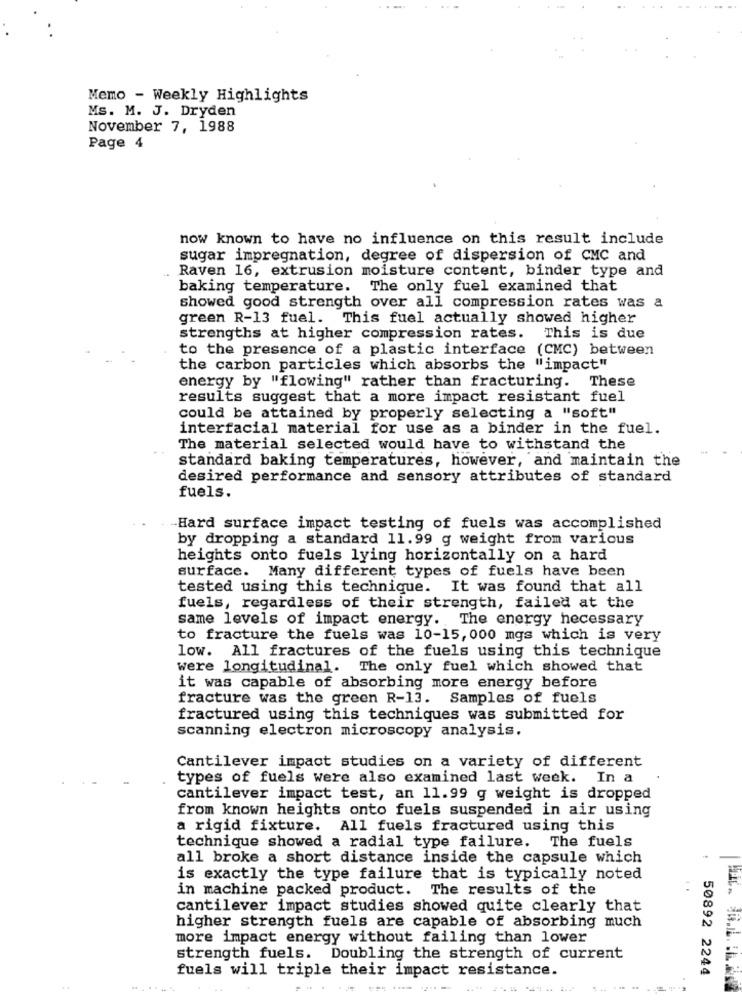
Memo - Weekly Highlights
Ms. M. J. Dryden
November 7, 1988
Page 4
now known to have no influence on this result include
sugar impregnation, degree of dispersion of CMC and
Raven 16, extrusion moisture content, binder type and
baking temperature. The only fuel examined that
showed good strength over all compression rates was a
green R-13 fuel. This fuel actually showed higher
strengths at higher compression rates. This is due
to the presence of a plastic interface (CMC) between
the carbon particles which absorbs the "impact"
energy by "flowing" rather than fracturing. These
results suggest that a more impact resistant fuel
could be attained by properly selecting a "soft"
interfacial material for use as a binder in the fuel.
The material selected would have to withstand the
standard baking temperatures, however, and maintain the
desired performance and sensory attributes of standard
fuels.
-Hard surface impact testing of fuels was accomplished
by dropping a standard 11.99 g weight from various
heights onto fuels lying horizontally on a hard
surface. Many different types of fuels have been
tested using this technique. It was found that all
fuels, regardless of their strength, failed at the
same levels of impact energy. The energy necessary
to fracture the fuels was 10-15, 000 mgs which is very
low. All fractures of the fuels using this technique
were longitudinal. The only fuel which showed that
it was capable of absorbing more energy before
fracture was the green R-13. Samples of fuels
fractured using this techniques was submitted for
scanning electron microscopy analysis.
Cantilever impact studies on a variety of different
types of fuels were also examined last week. In a
cantilever impact test, an 11.99 g weight is dropped
from known heights onto fuels suspended in air using
a rigid fixture. All fuels fractured using this
technique showed a radial type failure. The fuels
all broke a short distance inside the capsule which
is exactly the type failure that is typically noted
in machine packed product. The results of the
cantilever impact studies showed quite clearly that
higher strength fuels are capable of absorbing much
more impact energy without failing than lower
strength fuels. Doubling the strength of current
fuels will triple their impact resistance.
50892 2244